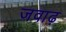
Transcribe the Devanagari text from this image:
जवाढ़